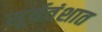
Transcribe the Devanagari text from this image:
सूर्यवंशात